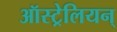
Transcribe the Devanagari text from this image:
ऑस्ट्रेलियन्